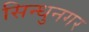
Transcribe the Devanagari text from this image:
सिन्धुनगर